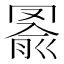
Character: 𦋢